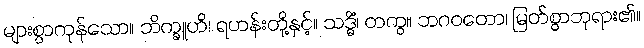
များစွာကုန်သော။ ဘိက္ခူဟိ၊ ရဟန်းတို့နှင့်။ သဒ္ဓိံ၊ တကွ။ ဘဂဝတော၊ မြတ်စွာဘုရား၏။